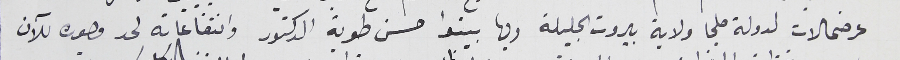
عرضحالات لدولة ملجا ولاية بيروت الجليلة وبها بينوا حسن طوبة الدكتور وانتفاعاته لحد وجوده للآن